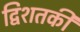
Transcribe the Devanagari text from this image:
द्विशतकी